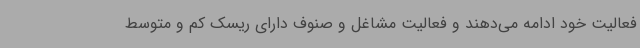
فعالیت خود ادامه می‌دهند و فعالیت مشاغل و صنوف دارای ریسک کم و متوسط